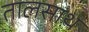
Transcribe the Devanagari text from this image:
तालसाथ